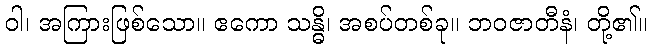
ဝါ၊ အကြားဖြစ်သော။ ဧကော သန္ဓိ၊ အစပ်တစ်ခု။ ဘဝဇာတီနံ၊ တို့၏။